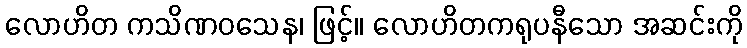
လောဟိတ ကသိဏဝသေန၊ ဖြင့်။ လောဟိတကရုပနီသော အဆင်းကို